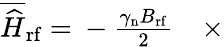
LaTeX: \begin{array}{rl}{\overline{{\widehat{H}}}_{\mathrm{rf}}~{=}~-\frac{\gamma_{\mathrm{n}}B_{\mathrm{rf}}}{2}}&{{}\times}\end{array}